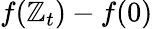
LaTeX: f(\mathbb{Z}_{t})-f(0)